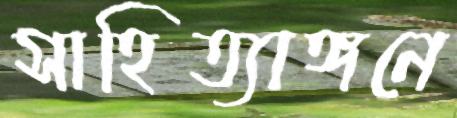
সাহিত্যাঙ্গনে